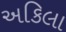
અકિલા